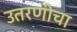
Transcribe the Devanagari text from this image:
उतरणीचा